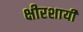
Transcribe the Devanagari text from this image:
क्षीरशायी